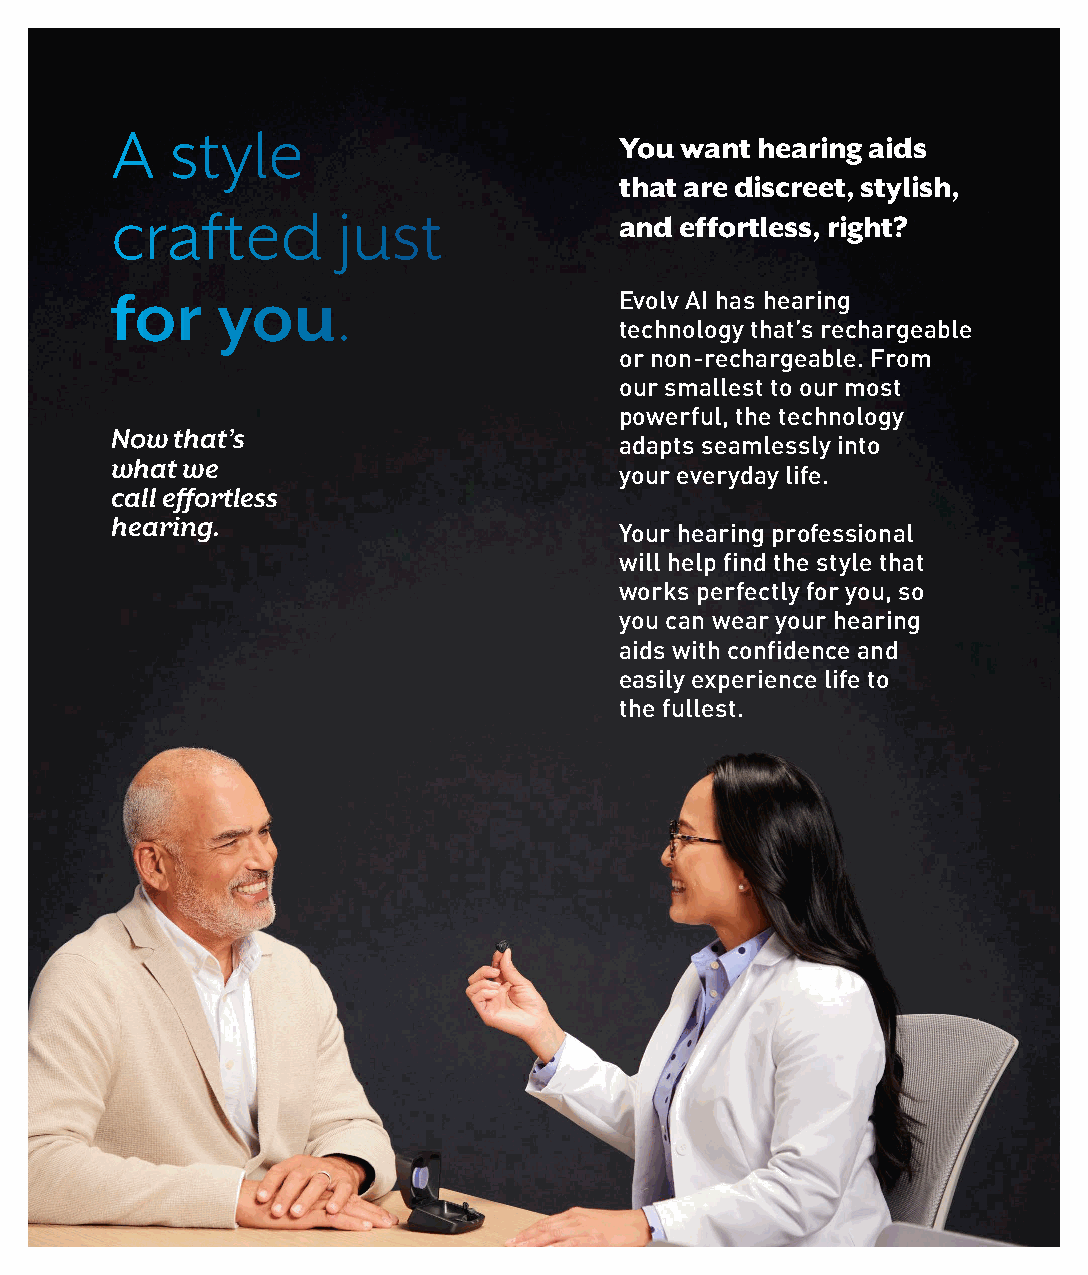
A   style
 You want hearing aids
 that are discreet, stylish,
 crafted        just
 and effortless, right?
 for    you.                       Evolv AI has hearing
 technology that’s rechargeable
 or non-rechargeable. From
 our smallest to our most
 powerful, the technology
 Now  that’s
 adapts seamlessly into
 what we
 your everyday life.
 call effortless
 hearing.
 Your hearing professional
 will help find the style that
 works perfectly for you, so
 you can wear your hearing
 aids with confidence and
 easily experience life to
 the fullest.